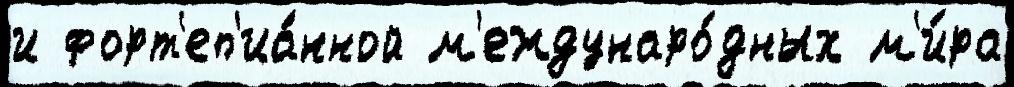
и форт'еп'иа́нной м'еждунаро́дных м'и́ра